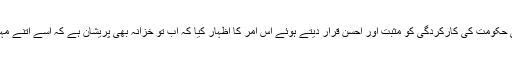
چودھری فواد حسین نے اپنی حکومت کی کارکردگی کو مثبت اور احسن قرار دیتے ہوئے اس امر کا اظہار کیا کہ اب تو خزانہ بھی پریشان ہے کہ اسے اتنے مہینے سے کسی نے نہیں لوٹا۔